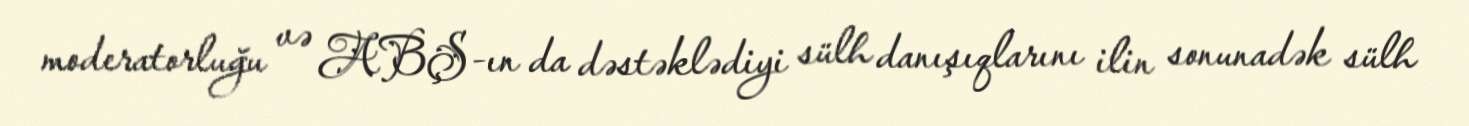
moderatorluğu və ABŞ-ın da dəstəklədiyi sülh danışıqlarını ilin sonunadək sülh